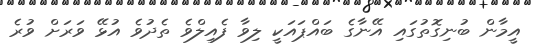
އީމާން ބުނިގޮތުގައި އޭނާގެ ބައްޕައަކީ ލިވާ ފެއިލްވެ ތެދުވެ އުޅޭ ވަރަށް ވުރެ